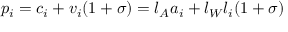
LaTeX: p _ { i } = c _ { i } + v _ { i } ( 1 + \sigma ) = l _ { A } a _ { i } + l _ { W } l _ { i } ( 1 + \sigma )